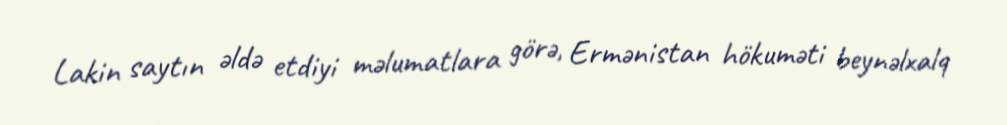
Lakin saytın əldə etdiyi məlumatlara görə, Ermənistan hökuməti beynəlxalq